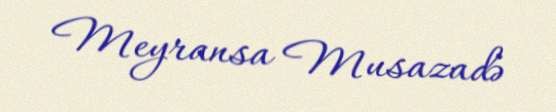
Meyransa Musazadə